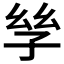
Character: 𡥝